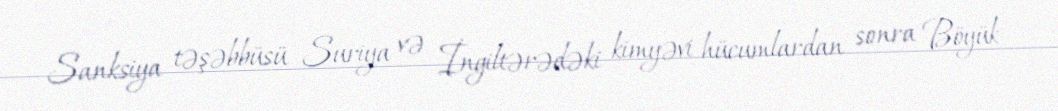
Sanksiya təşəbbüsü Suriya və İngiltərədəki kimyəvi hücumlardan sonra Böyük